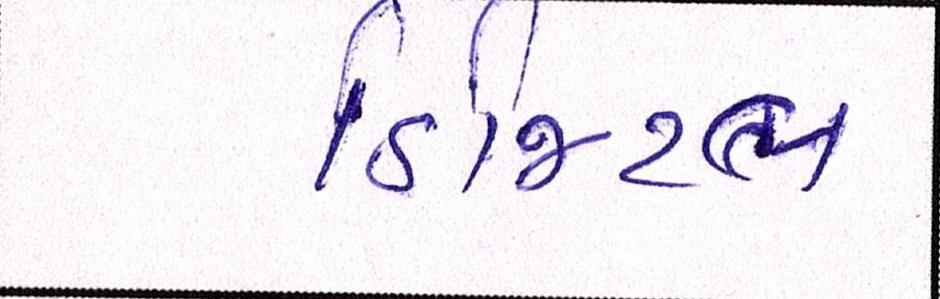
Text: ડિજિટલ